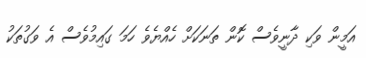
އަމީން ވަކި ދާނީވެސް ކޮން ތަނަކަށް ހެއްޔެވެ ހަމަ ގައިމުވެސް އެ ވަގުތަކު